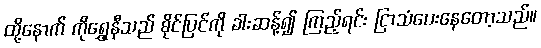
ထို့နောက် ကိုရွှေနီသည် စိုင်ပြင်ကို ခါးဆန့်၍ ကြည့်ရင်း ငြာသံပေးနေတော့သည်။